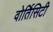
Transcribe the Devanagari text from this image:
वोर्तिसिटी